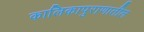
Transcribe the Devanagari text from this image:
कालिकापुराणातील